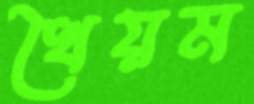
খৈয়ম